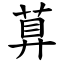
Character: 萛